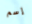
إسم